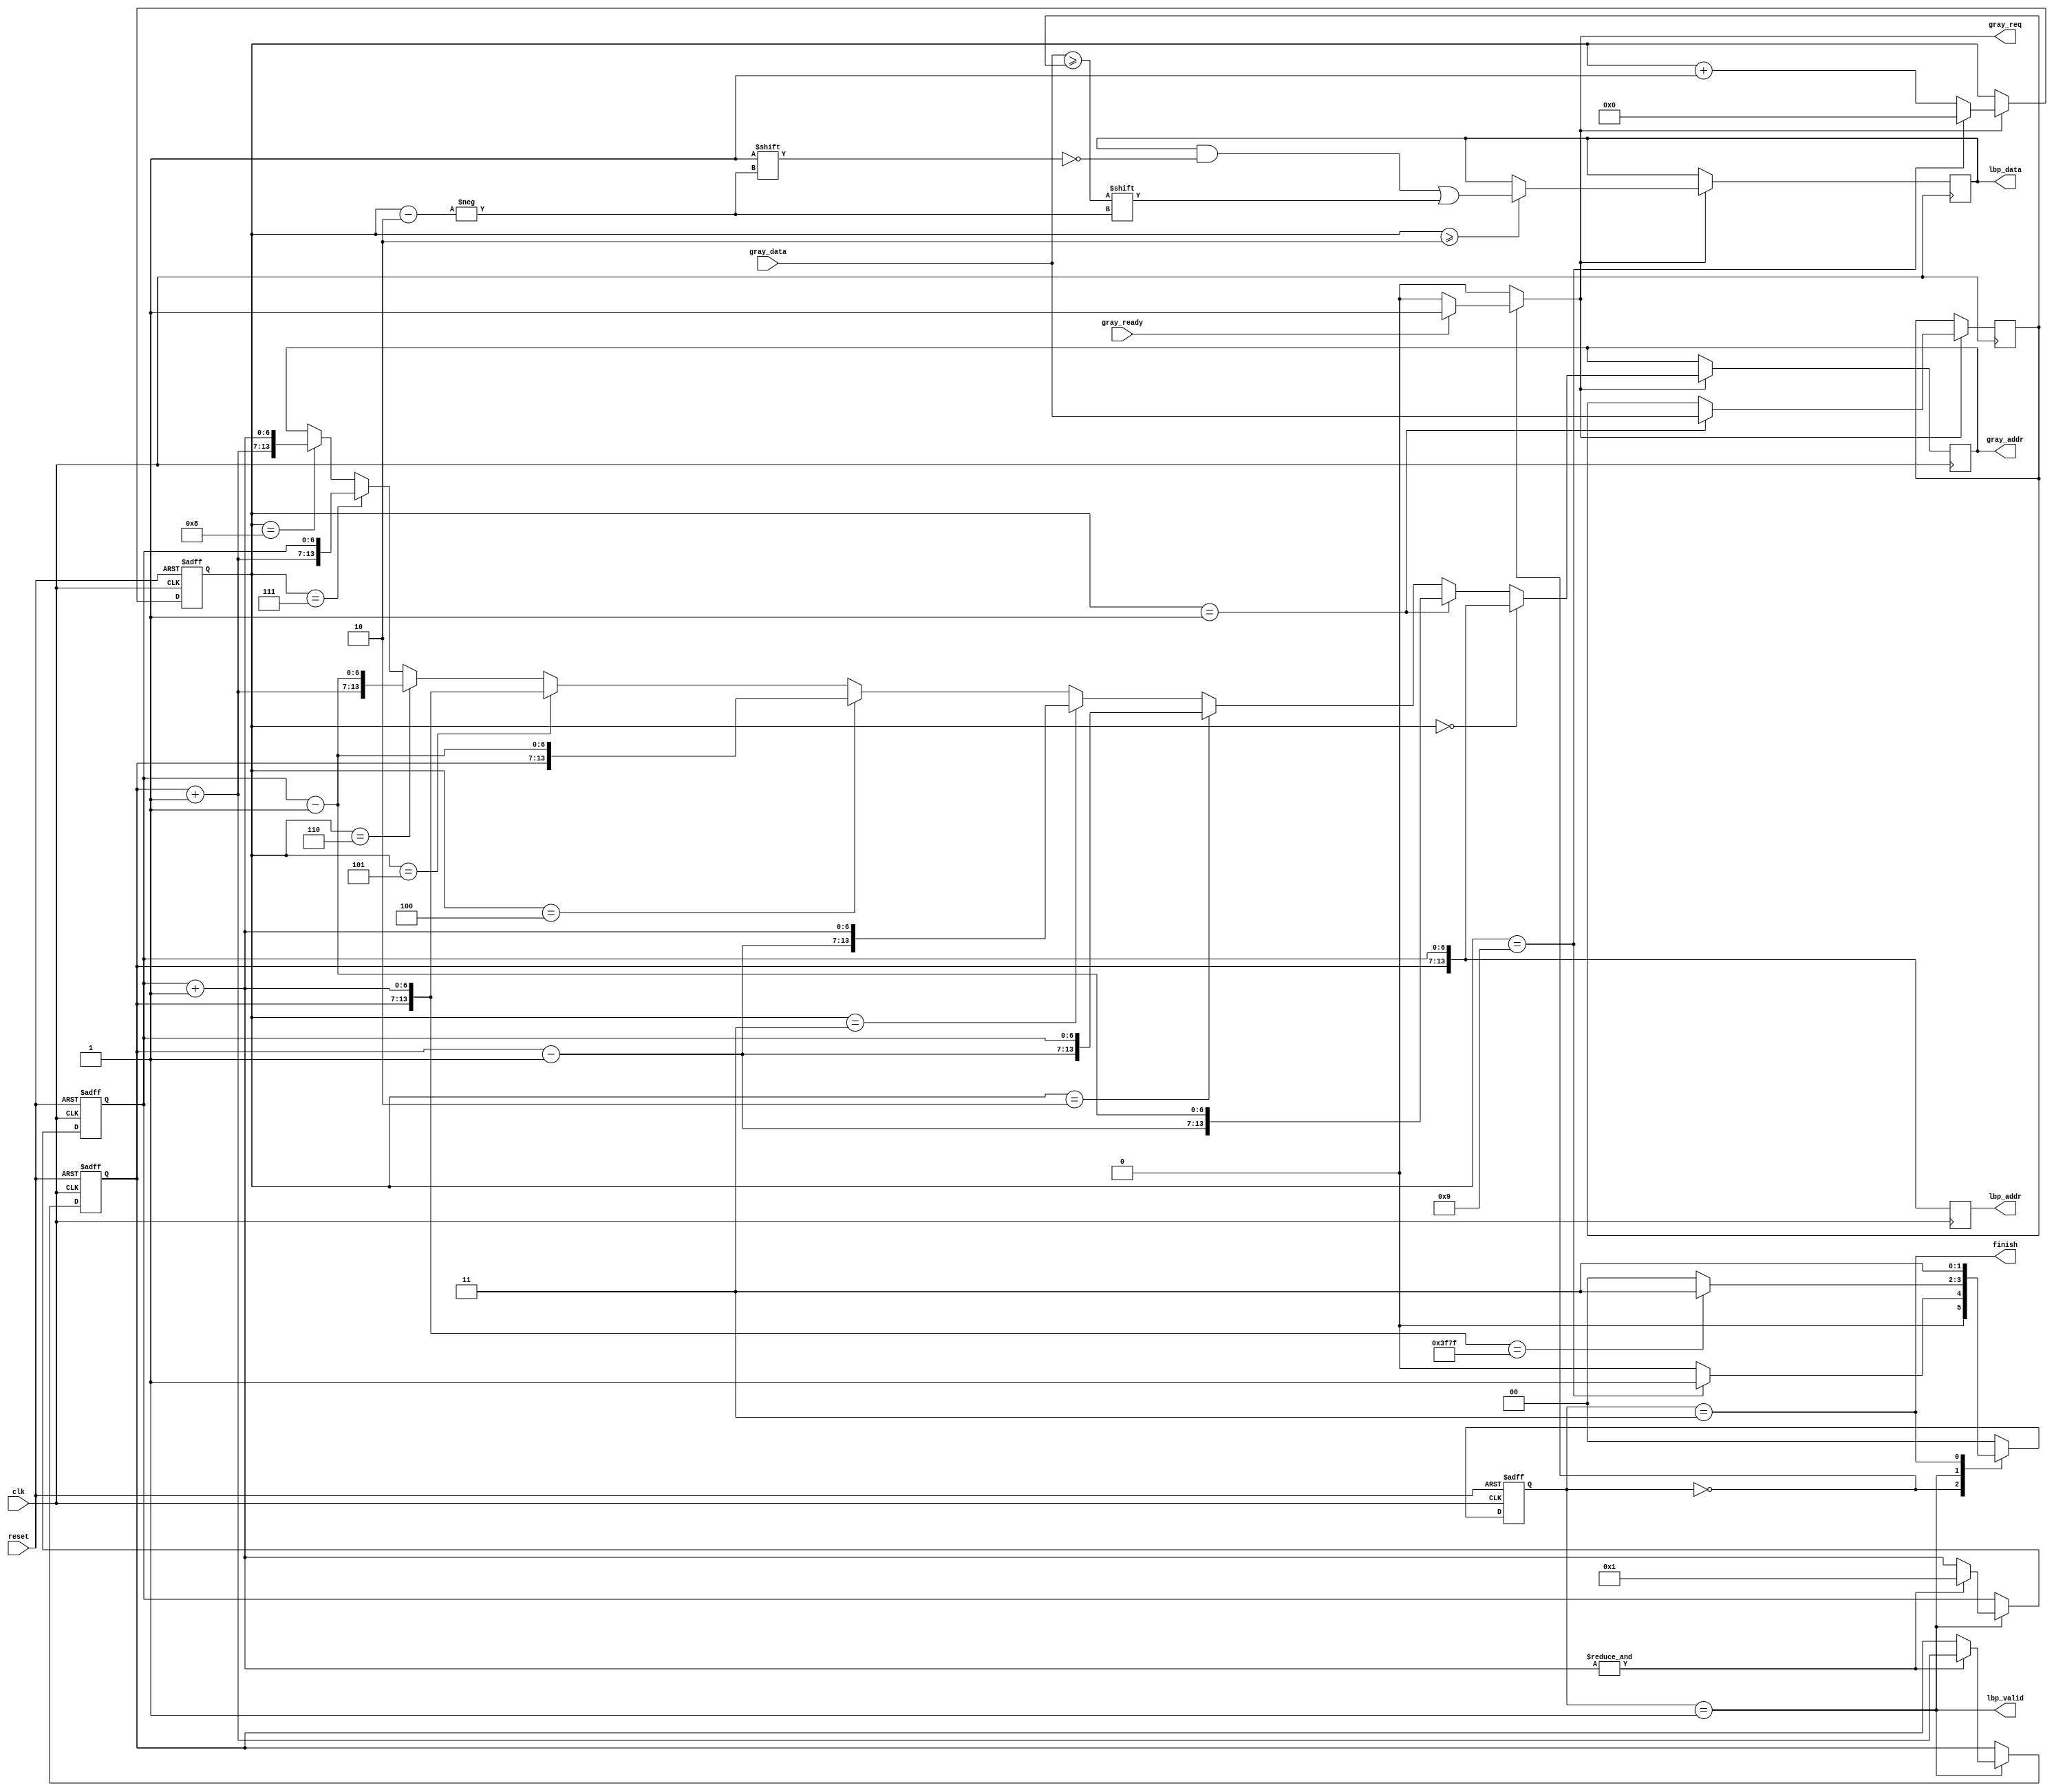

`timescale 1ns/10ps
module LBP ( clk, reset, gray_addr, gray_req, gray_ready, gray_data, lbp_addr, lbp_valid, lbp_data, finish);
input   	clk;
input   	reset;
output  [13:0] 	gray_addr;
output         	gray_req;
input   	gray_ready;
input   [7:0] 	gray_data;
output  [13:0] 	lbp_addr;
output  	lbp_valid;
output  [9:2] 	lbp_data;
output  	finish;
//====================================================================
reg [13:0] 	gray_addr ;
wire         gray_req ;
wire         lbp_valid ;
wire [13:0]  point ;
reg  [9:2] 	lbp_data;
reg  [13:0] 	lbp_addr;
wire         finish ;

///////////////////////
///Define somethings///
///////////////////////
reg [1:0] state_Next ;
reg [1:0] state_Now ; 

reg [3:0] counter ;
//wire [13:0] point1 , point0 , point2 , point3 , point4 , point5 , point6 , point7 ;
reg [7:0] threshold ;
//reg [9:2] temp_lbp ;
reg [6:0] x , y ;
wire[6:0] a,b,c,d;

wire pix_lbp ;

///////////////////////
//////Parameter////////
///////////////////////
parameter READ = 2'b00 ;
parameter OUT  = 2'b01 ;
parameter FIN = 2'b11 ;

///////////////////////
////////Design/////////
///////////////////////

assign point = {y,x} ;

assign a = x-7'd1 ;
assign b = x+7'd1 ;
assign c = y-7'd1 ;
assign d = y+7'd1 ;

//assign point0 = point - 14'd129 ;
//assign point0 = {c,a} ;
//assign point1 = point - 14'd128 ;
//assign point1 = {c,x} ;
//assign point2 = point - 14'd127 ;
//assign point2 = {c,b} ;
//assign point3 = point - 14'd1 ;
//assign point3 = {y,a} ;
//assign point7 = point + 14'd129 ;
//assign point7 = {d,b} ;
//assign point6 = point + 14'd128 ;
//assign point6 = {d,x} ;
//assign point5 = point + 14'd127 ;
//assign point5 = {d,a} ;

//assign point4 = point + 14'd1 ;
//assign point4 = {y,b} ;

assign pix_lbp = (gray_data>=threshold)  ;///////////////////////////////////////////////////////////////////

always@(posedge clk or posedge reset)                         //state_Now
begin
	if(reset)
		state_Now <= READ ;
	else
		state_Now <= state_Next ;
end

always@(*)                                                   //state_Next
begin
	case(state_Now)
		READ:if(counter==4'd9)
				state_Next = OUT ;
			 else
			    state_Next = READ ;
		
		OUT: if({y,b}==14'd16255)
				state_Next = FIN ;
			else 
				state_Next = READ ;

				
		FIN: 	state_Next = FIN ;

		default : state_Next = READ ;
		
	endcase
end

assign gray_req = (state_Now==READ) ? ((gray_ready==1'b1) ? 1 : 0 ): 0 ;
assign lbp_valid = (state_Now==OUT)  ;///////////////////////////////////////////////////////////////////////////
assign finish = (state_Now==FIN)   ;

/*
always@(*)                                                   //control signal
begin
	case(state_Now)
		READ: begin 
			  if(gray_ready)
				begin gray_req = 1 ; lbp_valid = 0 ; finish = 0 ; end
			  else
				begin gray_req = 0 ; lbp_valid = 0 ; finish = 0 ; end
			  end
			  
		OUT:    begin gray_req = 0 ; lbp_valid = 1 ; finish = 0 ; end
		
			 
		FIN:	begin gray_req = 0 ; lbp_valid = 0 ; finish = 1 ; end

		default:begin gray_req = 0 ; lbp_valid = 0 ; finish = 0 ; end
	endcase
end
*/

always@(posedge clk or posedge reset)                   ////////////////////////  point
begin
	if(reset)
//		point <= 14'd129 ;
		begin x<=7'd1 ; y <=7'd1 ; end
	else if(lbp_valid)
		begin
			if(&b)
			//	point <= point + 14'd3 ;
			begin	y <= y + 7'd1 ; x <= 7'd1 ; end
			else
			//	point <= point4 ;
				x <= x + 7'd1 ;
		end
end

always@(posedge clk or posedge reset)                   ////////////////////////  counter
begin
	if(reset)
		counter <= 4'd0 ;
	else if(gray_req)
		begin
			if(counter==4'd9)
				counter <= 4'd0 ;
			else
				counter <= counter + 4'd1 ;
		end
end

always@(posedge clk)                   ////////////////////////  gray_addr
begin
	if(gray_req)
	begin
		if(counter==4'd0)
			gray_addr <= {y,x} ;
		else if(counter==4'd1)
			gray_addr <= {c,a}  ;
		else if(counter==4'd2)
			gray_addr <= {c,x} ;
		else if(counter==4'd3)
			gray_addr <= {c,b}  ;
		else if(counter==4'd4)
			gray_addr <= {y,a} ;
		else if(counter==4'd5)
			gray_addr <= {y,b} ;
		else if(counter==4'd6)
			gray_addr <= {d,a} ;
		else if(counter==4'd7)
			gray_addr <= {d,x}  ;
		else if(counter==4'd8)
			gray_addr <= {d,b} ;
	end
end

always@(posedge clk)                   ////////////////////////  threshold
begin
	if(gray_req)
	begin
		if(counter==4'd1)
			threshold <= gray_data ;
	end	
end

always@(posedge clk)                   ////////////////////////  temp_lbp
begin
	if(gray_req)
	begin
		if(counter>=4'd2)
			lbp_data[counter] <= pix_lbp ;
/*	    else if(counter==4'd3)
			temp_lbp[1] <= pix_lbp ;
		else if(counter==4'd4)
			temp_lbp[2] <= pix_lbp ;			
		else if(counter==4'd5)
			temp_lbp[3] <= pix_lbp ;
		else if(counter==4'd6)
			temp_lbp[4] <=  pix_lbp ;			
		else if(counter==4'd7)
			temp_lbp[5] <=  pix_lbp ;			
		else if(counter==4'd8)
			temp_lbp[6] <=  pix_lbp ;
		else if(counter==4'd9)
			temp_lbp[7] <=  pix_lbp ;			
*/	end
end

always@(posedge clk)                   ////////////////////////  lbp_addr
begin
		lbp_addr <= point ;
end

/*
always@(posedge clk)                   ////////////////////////  lbp_data
begin
	if(counter==4'd10)
		lbp_data <= temp_lbp ;
end
*/

//====================================================================


endmodule